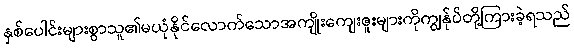
နှစ်ပေါင်းများစွာသူ၏မယုံနိုင်လောက်သောအကျိုးကျေးဇူးများကိုကျွန်ုပ်တို့ကြားခဲ့ရသည်